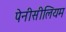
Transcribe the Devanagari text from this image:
पेनीसीलियम